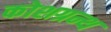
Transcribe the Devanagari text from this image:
कोशग्रन्थ